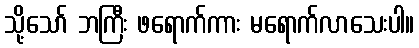
သို့သော် ဘကြီး ဖရောက်ကား မရောက်လာသေးပါ။